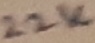
Text: 22K